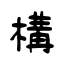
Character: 構